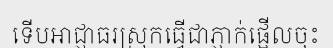
ទើបអាជ្ញាធរស្រុកធ្វើជាភ្ញាក់ផ្អើលចុះ